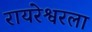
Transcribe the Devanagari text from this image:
रायरेश्वरला